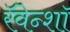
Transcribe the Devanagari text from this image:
रॅवेन्शॉ